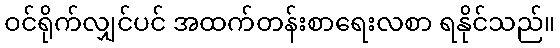
ဝင်ရိုက်လျှင်ပင် အထက်တန်းစာရေးလစာ ရနိုင်သည်။